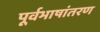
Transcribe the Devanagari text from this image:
पूर्वभाषांतरण